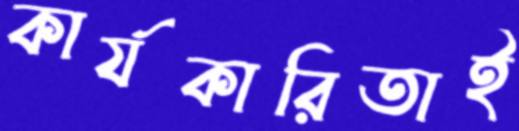
কার্যকারিতাই